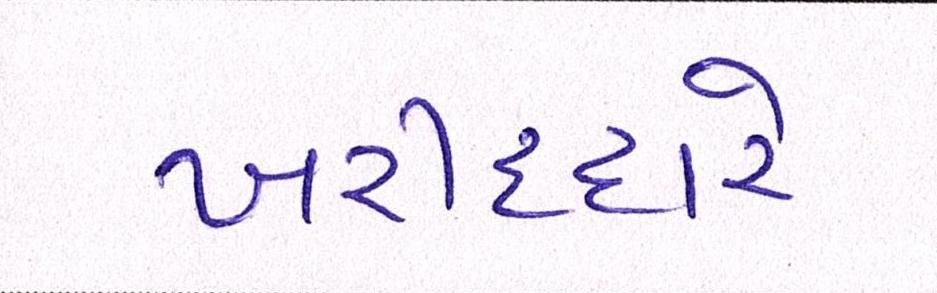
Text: ખરીદદારે